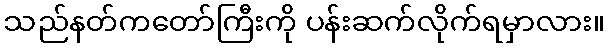
သည်နတ်ကတော်ကြီးကို ပန်းဆက်လိုက်ရမှာလား။